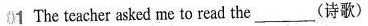
1 The teacher asked me to read the ___ (诗歌)